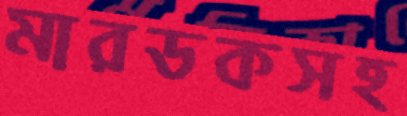
মারডকসহ